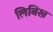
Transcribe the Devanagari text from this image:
लिबिख